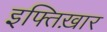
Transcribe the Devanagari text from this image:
इफ्तिख़ार